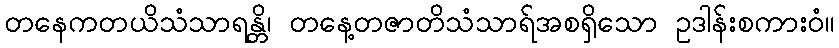
တနေကတယိသံသာရန္တိ၊ တနေ့တဇာတိသံသာရ်အစရှိသော ဥဒါန်းစကားဝံ။